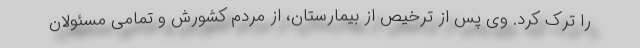
را ترک کرد. وی پس از ترخیص از بیمارستان، از مردم کشورش و تمامی مسئولان